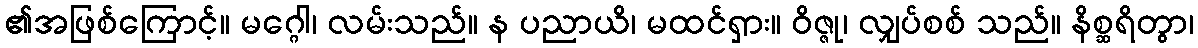
၏အဖြစ်ကြောင့်။ မဂ္ဂေါ၊ လမ်းသည်။ န ပညာယိ၊ မထင်ရှား။ ဝိဇ္ဇု၊ လျှပ်စစ် သည်။ နိစ္ဆရိတွာ၊